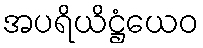
အပရိယိဋ္ဌံယေဝ